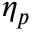
\eta _ { p }